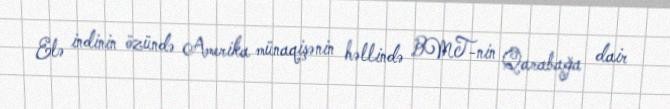
Elə indinin özündə Amerika münaqişənin həllində BMT-nin Qarabağa dair